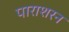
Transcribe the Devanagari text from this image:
पाराशरन